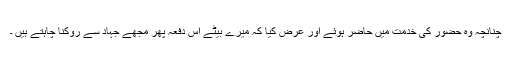
چنانچہ وہ حضورؐ کی خدمت میں حاضر ہوئے اور عرض کیا کہ میرے بیٹے اس دفعہ پھر مجھے جہاد سے روکنا چاہتے ہیں ۔